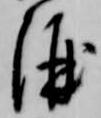
酒